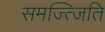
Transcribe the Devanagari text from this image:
समज्त्जिति